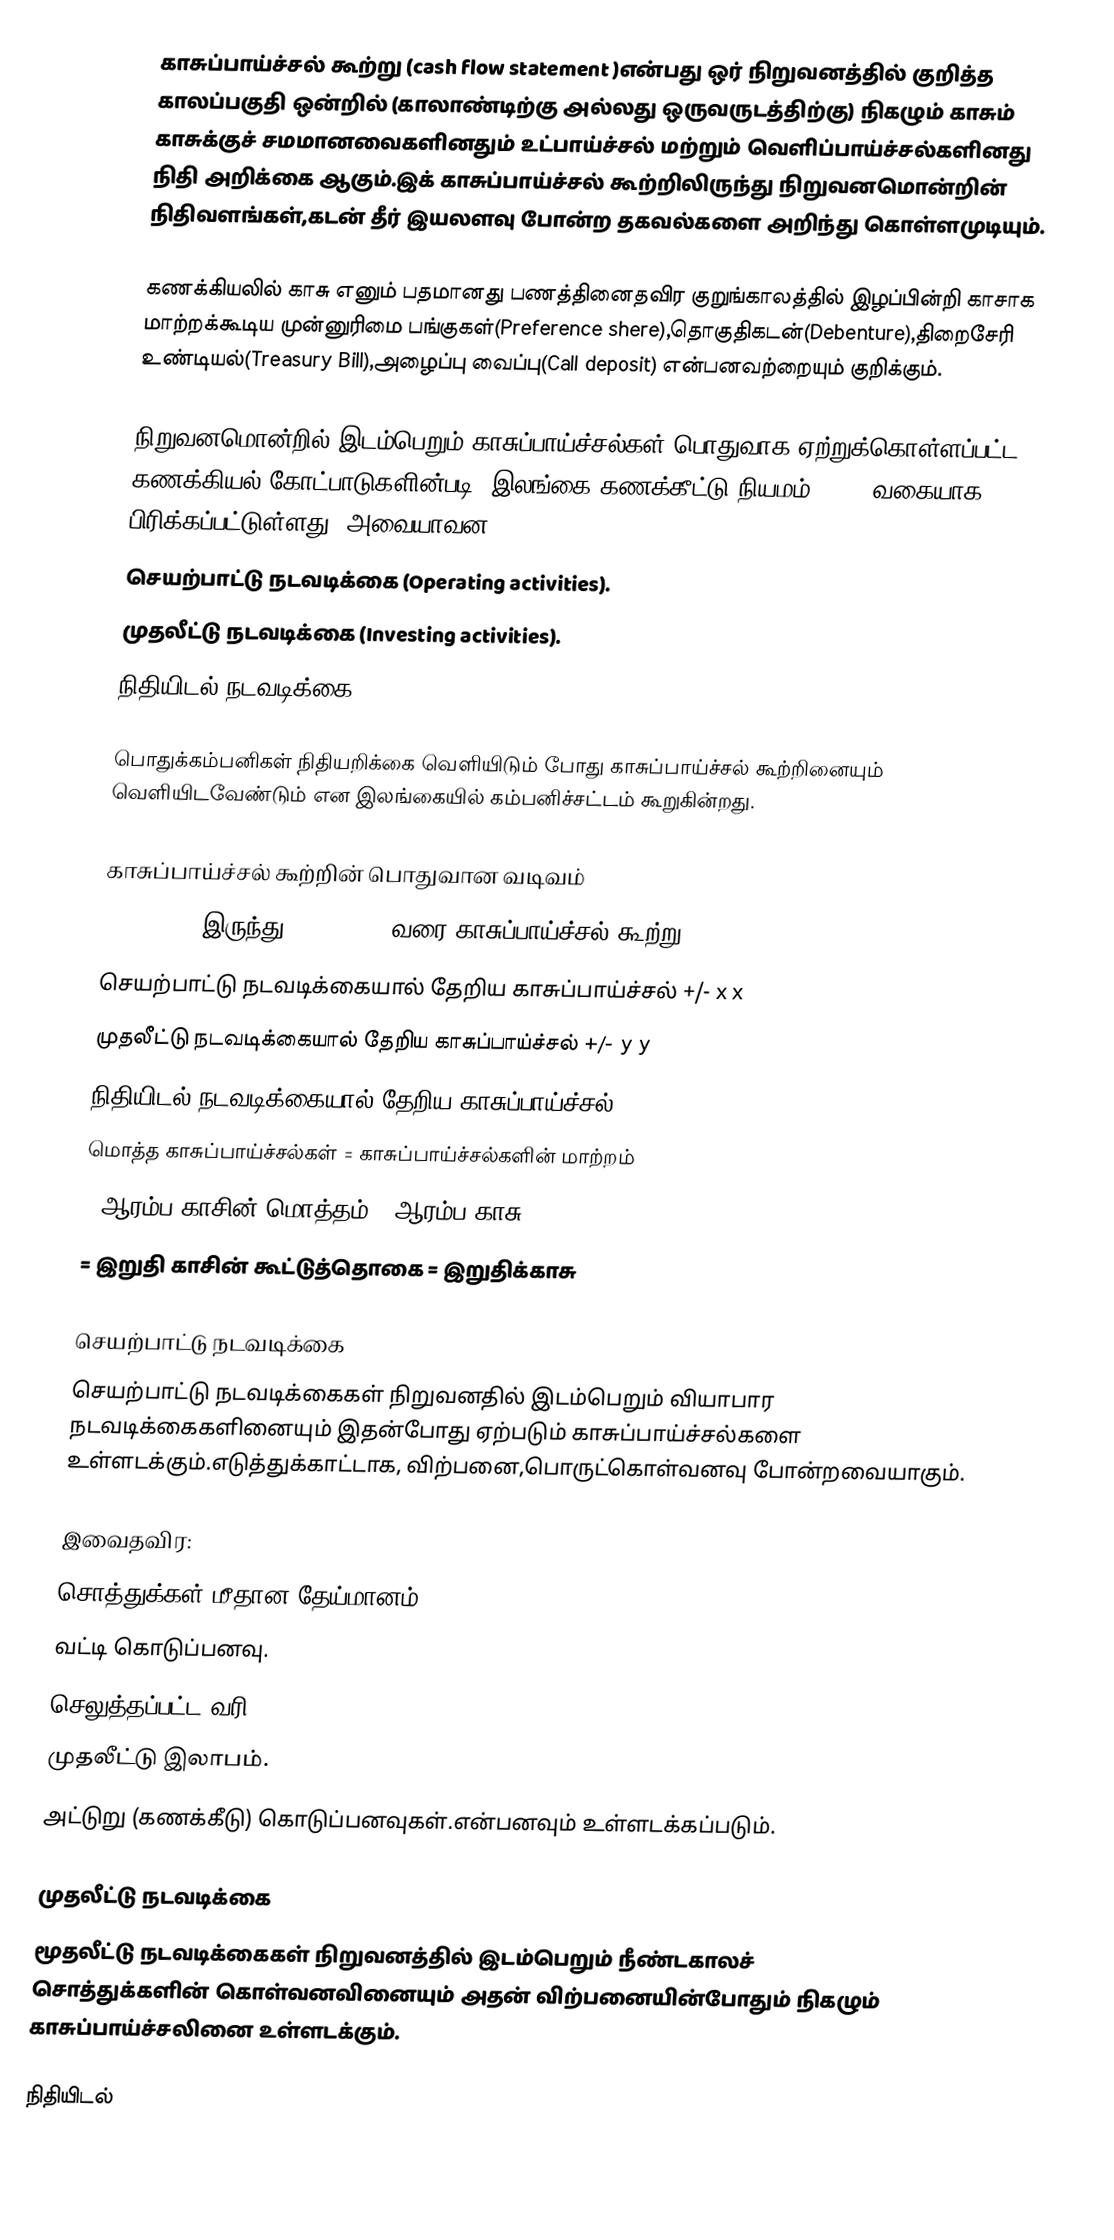
காசுப்பாய்ச்சல் கூற்று (cash flow statement )என்பது ஒர் நிறுவனத்தில் குறித்த காலப்பகுதி ஒன்றில் (காலாண்டிற்கு அல்லது ஒருவருடத்திற்கு) நிகழும் காசும் காசுக்குச் சமமானவைகளினதும் உட்பாய்ச்சல் மற்றும் வெளிப்பாய்ச்சல்களினது நிதி அறிக்கை ஆகும்.இக் காசுப்பாய்ச்சல் கூற்றிலிருந்து நிறுவனமொன்றின் நிதிவளங்கள்,கடன் தீர் இயலளவு போன்ற தகவல்களை அறிந்து கொள்ளமுடியும்.

கணக்கியலில் காசு எனும் பதமானது பணத்தினைதவிர குறுங்காலத்தில் இழப்பின்றி காசாக மாற்றக்கூடிய முன்னுரிமை பங்குகள்(Preference shere),தொகுதிகடன்(Debenture),திறைசேரி உண்டியல்(Treasury Bill),அழைப்பு வைப்பு(Call deposit) என்பனவற்றையும் குறிக்கும்.

நிறுவனமொன்றில் இடம்பெறும் காசுப்பாய்ச்சல்கள் பொதுவாக ஏற்றுக்கொள்ளப்பட்ட கணக்கியல் கோட்பாடுகளின்படி (இலங்கை கணக்கீட்டு நியமம் 09) 3 வகையாக பிரிக்கப்பட்டுள்ளது. அவையாவன:
 செயற்பாட்டு நடவடிக்கை (Operating activities).
 முதலீட்டு நடவடிக்கை (Investing activities).
 நிதியிடல் நடவடிக்கை (Financing activities).

பொதுக்கம்பனிகள் நிதியறிக்கை வெளியிடும் போது காசுப்பாய்ச்சல் கூற்றினையும் வெளியிடவேண்டும் என இலங்கையில் கம்பனிச்சட்டம் கூறுகின்றது.

காசுப்பாய்ச்சல் கூற்றின் பொதுவான வடிவம்
12/31/2005 இருந்து 12/31/2006 வரை காசுப்பாய்ச்சல் கூற்று
செயற்பாட்டு நடவடிக்கையால் தேறிய காசுப்பாய்ச்சல்  +/-  x x
முதலீட்டு நடவடிக்கையால் தேறிய காசுப்பாய்ச்சல்    +/-  y y
நிதியிடல் நடவடிக்கையால் தேறிய காசுப்பாய்ச்சல்    +/-  z z
மொத்த காசுப்பாய்ச்சல்கள்     = காசுப்பாய்ச்சல்களின் மாற்றம்
+ ஆரம்ப காசின் மொத்தம்         + ஆரம்ப காசு
= இறுதி காசின் கூட்டுத்தொகை      = இறுதிக்காசு

செயற்பாட்டு நடவடிக்கை
செயற்பாட்டு நடவடிக்கைகள் நிறுவனதில் இடம்பெறும் வியாபார நடவடிக்கைகளினையும் இதன்போது ஏற்படும் காசுப்பாய்ச்சல்களை உள்ளடக்கும்.எடுத்துக்காட்டாக, விற்பனை,பொருட்கொள்வனவு போன்றவையாகும்.

இவைதவிர:
 சொத்துக்கள் மீதான தேய்மானம்.
 வட்டி கொடுப்பனவு.
 செலுத்தப்பட்ட வரி.
 முதலீட்டு இலாபம்.
 அட்டுறு (கணக்கீடு) கொடுப்பனவுகள்.என்பனவும் உள்ளடக்கப்படும்.

முதலீட்டு நடவடிக்கை
மூதலீட்டு நடவடிக்கைகள் நிறுவனத்தில் இடம்பெறும் நீண்டகாலச் சொத்துக்களின் கொள்வனவினையும் அதன் விற்பனையின்போதும் நிகழும் காசுப்பாய்ச்சலினை உள்ளடக்கும்.

நிதியிடல்